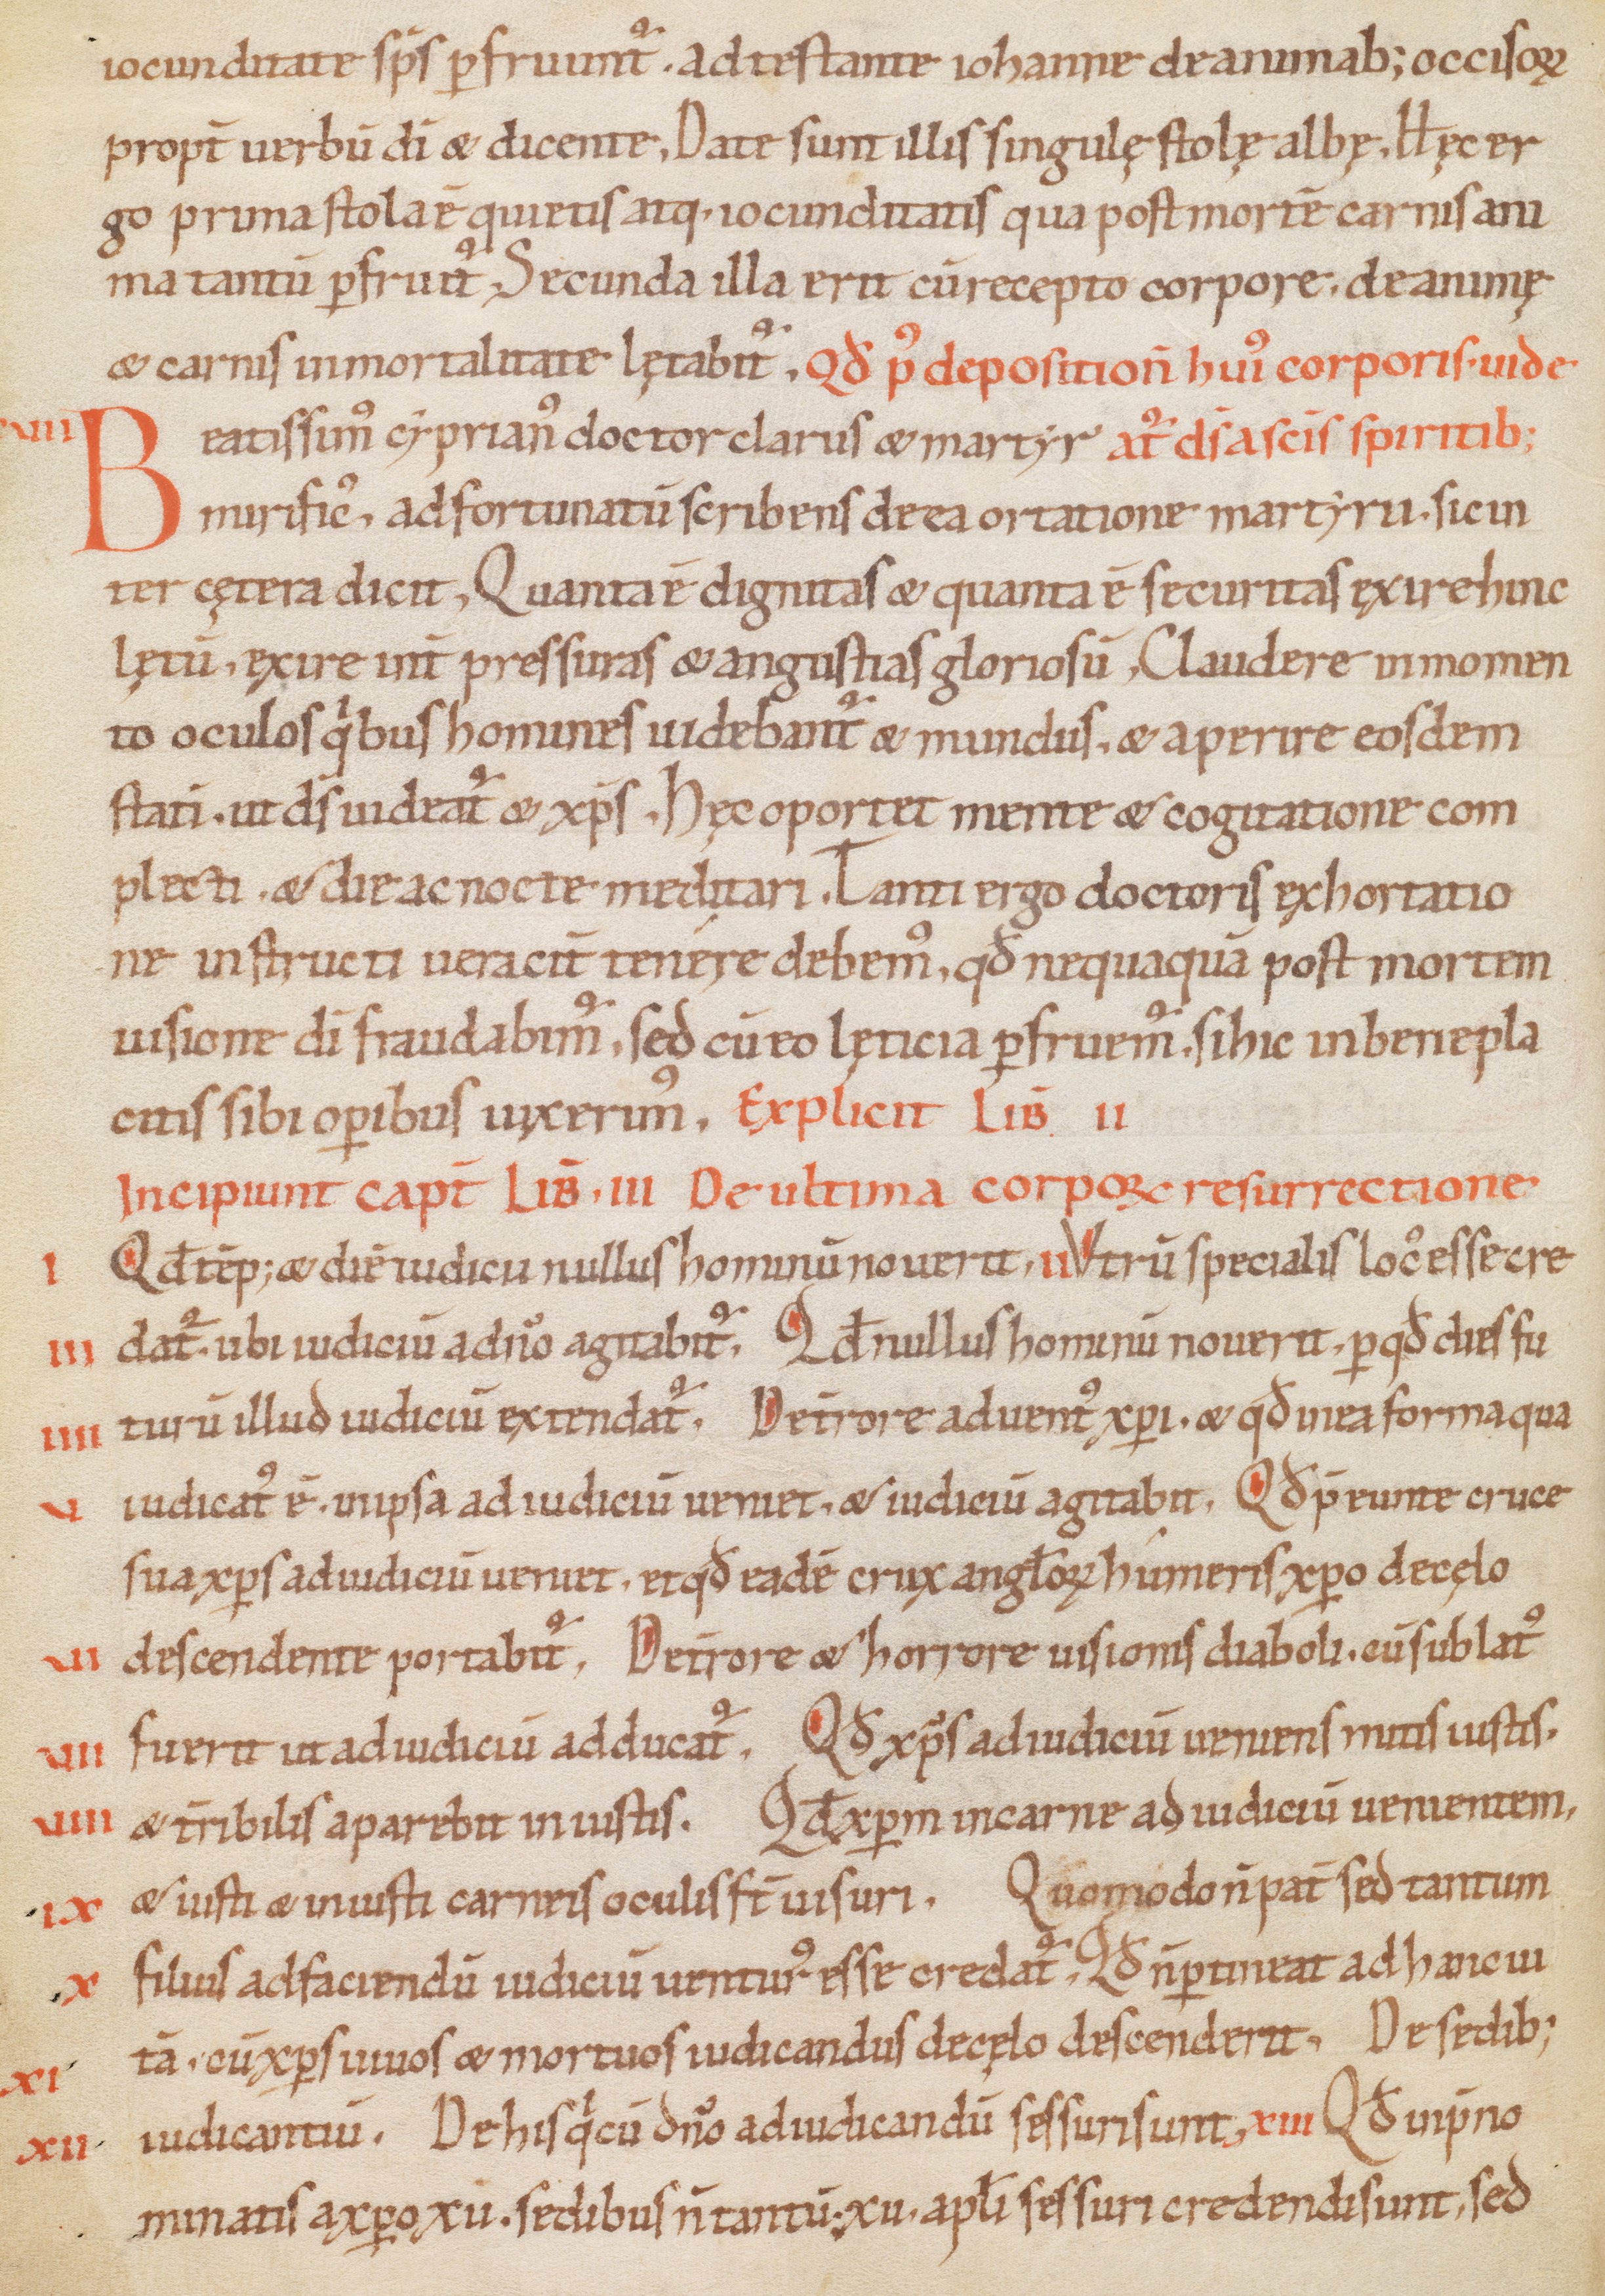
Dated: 1000–1099